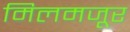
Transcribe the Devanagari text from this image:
मिलमजूर